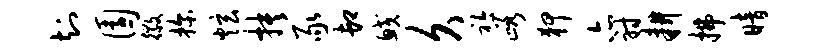
知园徽探炫抉豕卸鲛久衿峪狎亦射耕拂暗